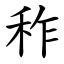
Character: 秨